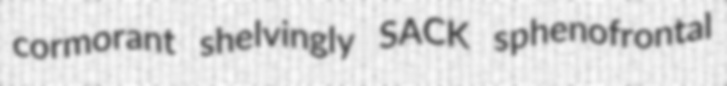
cormorant shelvingly SACK sphenofrontal